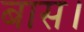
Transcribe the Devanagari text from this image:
बास।